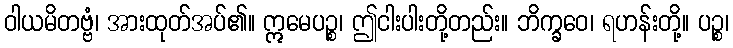
ဝါယမိတဗ္ဗံ၊ အားထုတ်အပ်၏။ ဣမေပဉ္စ၊ ဤငါးပါးတို့တည်း။ ဘိက္ခဝေ၊ ရဟန်းတို့။ ပဉ္စ၊